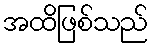
အထိဖြစ်သည်